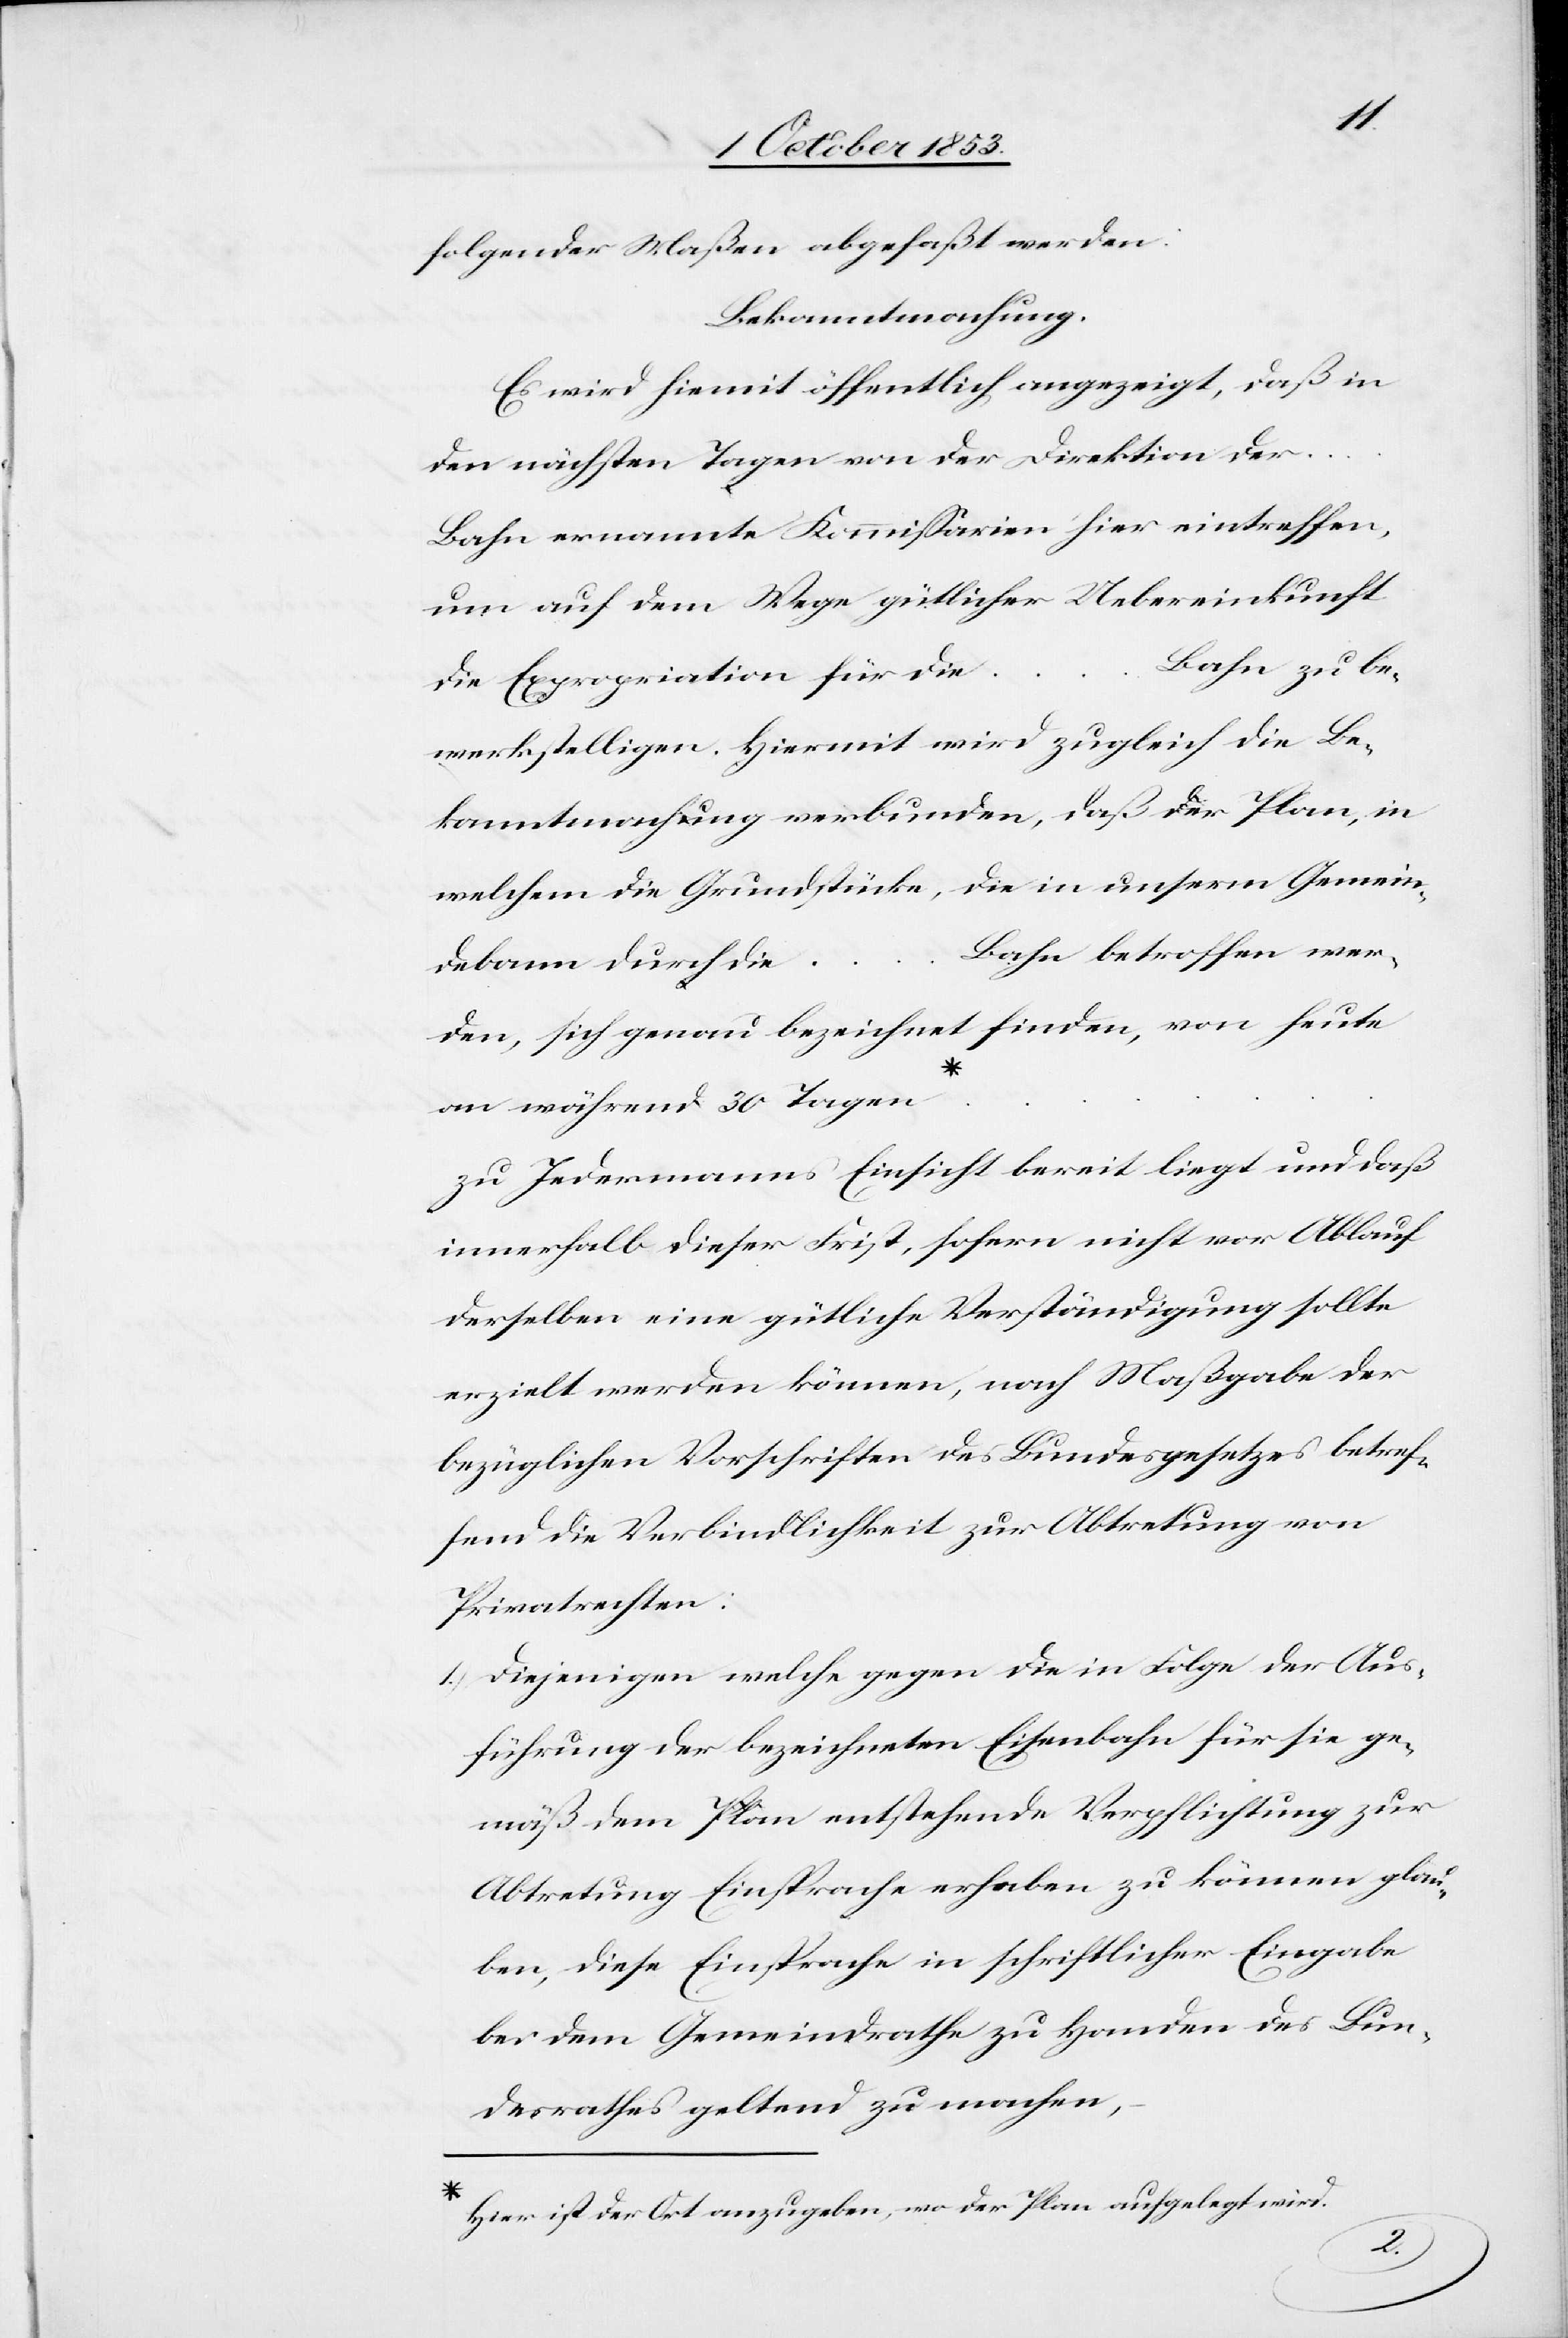
folgender Maßen abgefaßt werden:
Bekanntmachung.
Es wird hiermit öffentlich angezeigt, daß in
den nächsten Tagen von der Direktion der
Bahn ernannte Kommission hier eintreffen
um auf dem Wege gütlicher Uebereinkunft
Bahn zu be¬
die Expropriation für die
werkstelligen. Hiermit wird zugleich die Be¬
kanntmachung verbunden, daß der Plan, in
welchem die Grundstücke, die in unserm Gemein¬
Bahn betroffen wer¬
debann durch …
den, sich genau bezeichnet finden, von heute
…
an während 30 Tagen
…zu Jedermanns Einsicht bereit liegt und daß
innerhalb dieser Frist, sofern nicht vor Ablauf
derselben eine gütliche Verständigung sollte
erzielt werden können, nach Maßgabe der
bezüglichen Vorschriften des Bundesgesetzes betref¬
fend die Verbindlichkeit zur Abtretung von
Privatrechten:
1.) Diejenigen welche gegen die in Folge der Aus¬
führung der bezeichneten Eisenbahn für sie ge¬
mäß dem Plan entstehende Verpflichtung zur
Abtretung Einsprache erheben zu können glau¬
ben, diese Einsprache in schriftlicher Eingabe
bei dem Gemeindrathe zu Handen des Bun¬
desrathes geltend zu machen,
Hier ist der Ort anzugeben, wo der Plan aufgelegt wird.